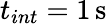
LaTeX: t_{int}=1\, \mathrm{s}